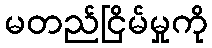
မတည်ငြိမ်မှုကို